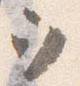
ヲ